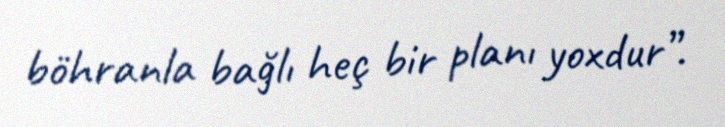
böhranla bağlı heç bir planı yoxdur”.